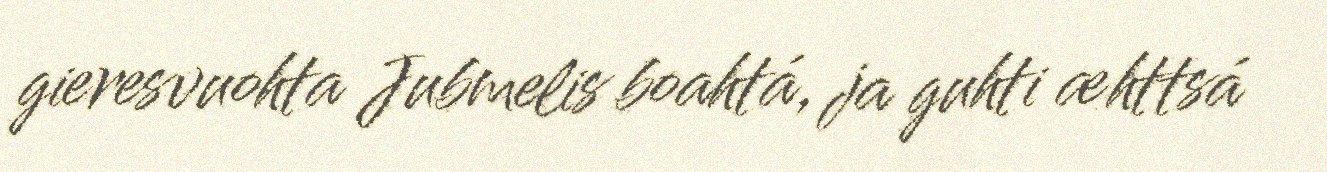
gieresvuohta Jubmelis boahtá, ja guhti æhttsá